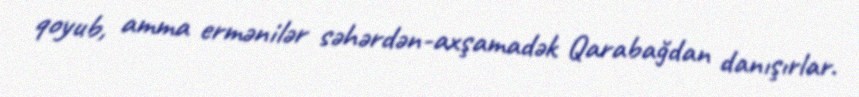
qoyub, amma ermənilər səhərdən-axşamadək Qarabağdan danışırlar.